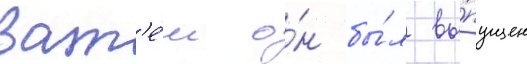
Зат'е́м о́н бы́л вы́пущен